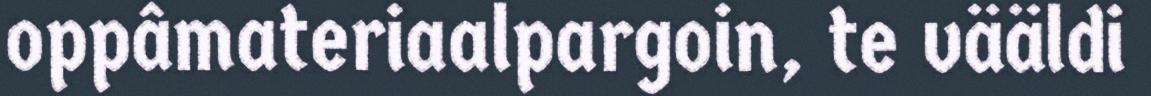
oppâmateriaalpargoin, te vääldi